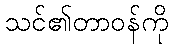
သင်၏တာဝန်ကို